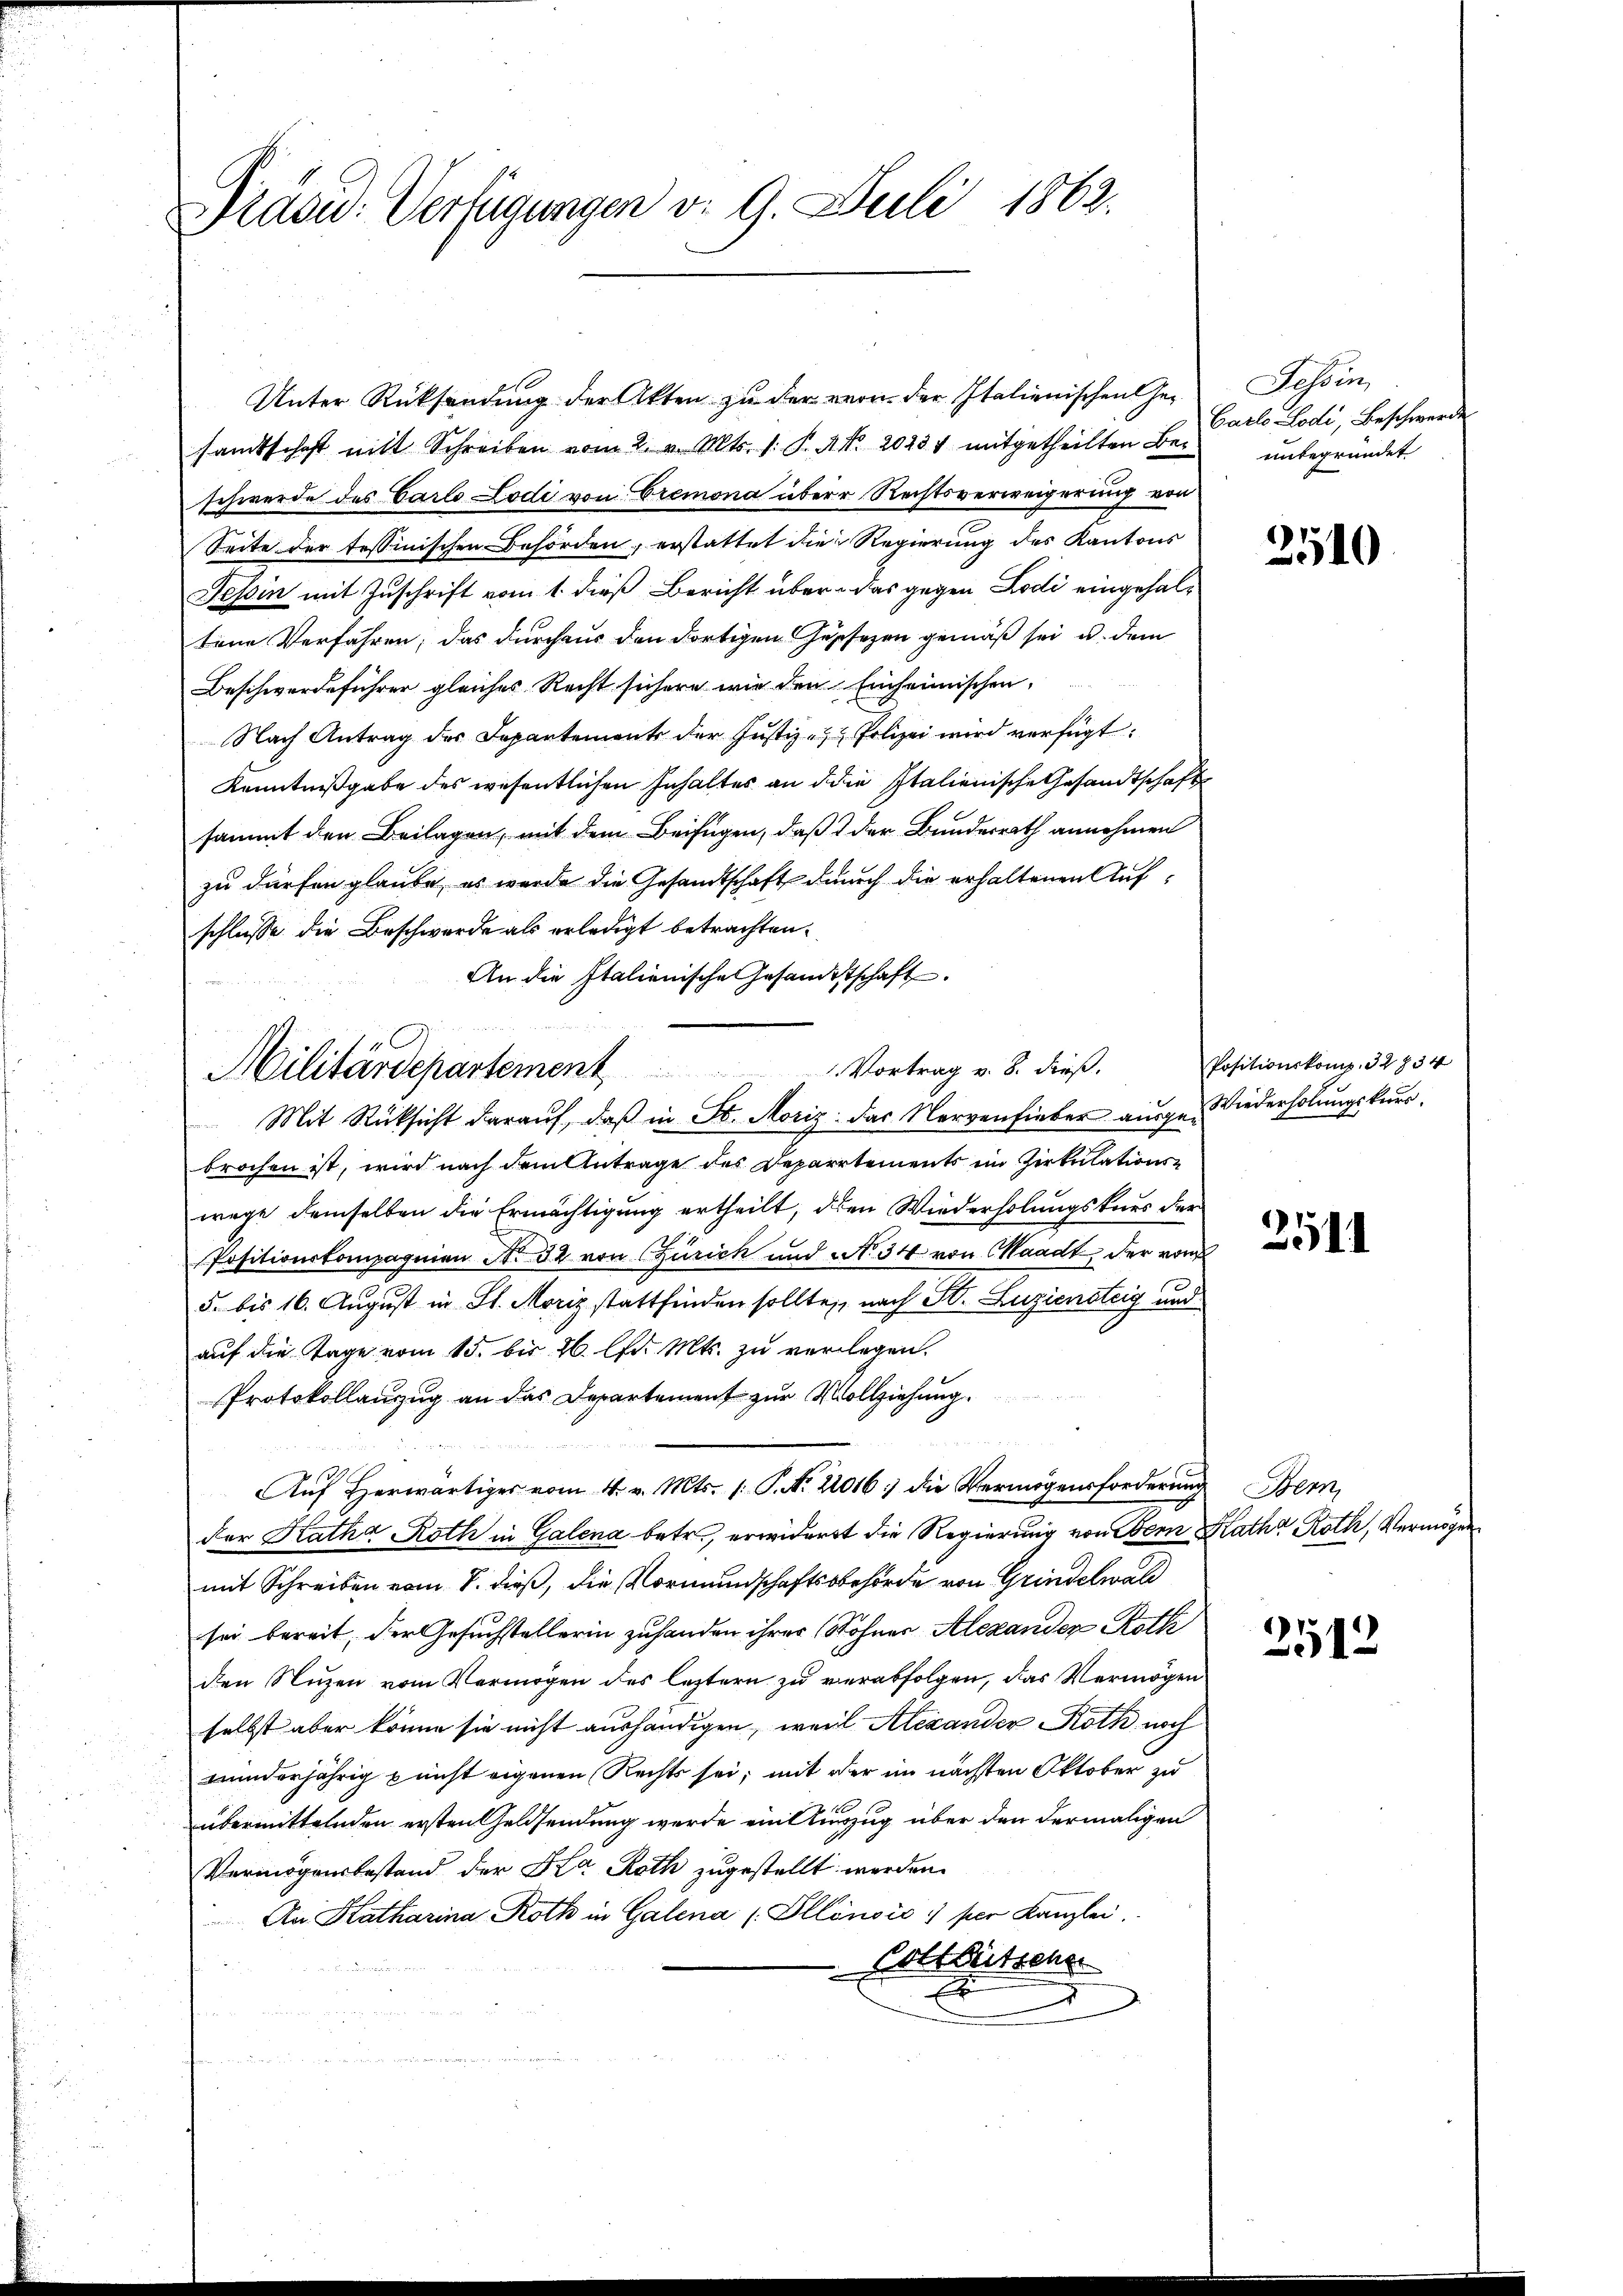
Präsid. Verfügungen d. 9. Juli 1862.

Militärdepartement                                  Vortrag v. 8. dieß.

Unter Rücksendung der Akten zu der von der Italienischen Gesamtschaft mit Schreiben vom 2. v. Mts. 1. P. Nr. 20237 mitgetheilten Beschwerde des Carlo Lodi von Cremona über Rechtsverweigerung von
Seite der tessinischen Behörden, erstattet die Regierung des Kantons
Tessin mit Zuschrift vom 1. dieß Bericht über das gegen Lodi eingehaltene Verfahren, das durchaus den dortigen Geschehen gemäß sei u. dem
Beschwerdeführer gleiches Recht sichern wie den Einheimischen,
Nach Antrag des Departements der Justiz- & Polizei wird verfügt:
Kenntnißgabe des wesentlichen Inhaltes an die Italienische Gesandtschaft
sammt den Beilagen, mit dem Beifügen, daß  der Bundesrath annehmen
zu dürfen glaube, es wurde die Gesandtschaft durch die erhaltenen Aufschlüsse die Beschwerde als erledigt betrachten.
An die Italienische Gesandtschaft
Mit Rücksicht darauf, daß in St. Moriz: das Nervenfieber ausge-Niederholungskursbrochen ist, wird nach dem Antrage des Departements im Zirkulationswege demselben die Ermächtigung ertheilt, den Wiederholungskurs der
Positionskompagnien No 32 von Zürich und N. 34 von Waadt, der vor
5. bis 16. August in St. Moriz stattfinden sollte, nach St. Luziensteig und
auf die Tage vom 15. bis 26. lfd. Mts. zu verlegen.
Protokollanzug an das Departement zur Vollziehung.
Auf herwärtiger vom 4. v. Mts. 1. P. Nr. 22016. die Vermögensforderung
der Katha Roth in Galena betr., erwiderst die Regierung von Bern
mit Schreiben vom 8. dieß, die Vormundschaftsbehörde von Grindelwald
sei bereit, der Gesuchstellerin zuhanden ihrer Sohner Alexander Roth
den Nuzen vom Vermögen des leztern zu verabfolgen, das Vermögen
selbst aber könne sie nicht aushändigen, weil Alexander Roth noch
minderjährig punst eigenen Rechts sei; mit der im nächsten Oktober zu
übermittelnden ersten Geldsendung werde ein Auszug über den dermaligen
Vermögensbestand der Ka Roth zugestellt werden.
An Katharina Roth in Galena (Ollönsić) per Kanzlei
Cottbettene
E
an

Tessin,
Carlo Lodi, Beschwerde
unbegründet

2540

Positionskomp. 32834

2511

Bem
Katha Roth, Vermögen.

2512